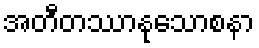
အတီတဿာနုသောစနာ